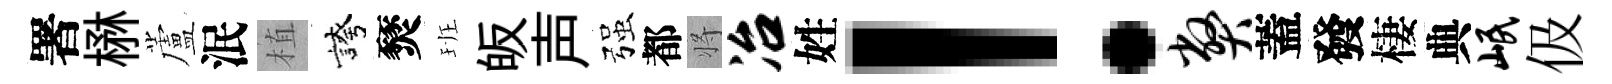
署楙蘆泯植誇燹班皈声强都将冶姓！弊蓋發棲典岷伋